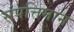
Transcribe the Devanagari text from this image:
संपत्तिमान्